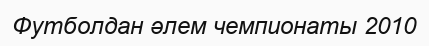
Футболдан әлем чемпионаты 2010